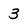
Character: 3